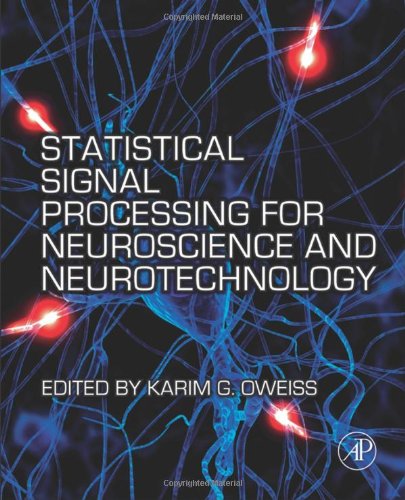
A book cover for Statistical Signal Processing for Neuroscience and Neurotechnology; Science & Math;